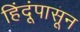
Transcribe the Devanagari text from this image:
हिंदूंपासून